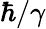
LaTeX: \hbar/\gamma